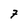
Character: 7